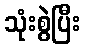
သုံးစွဲပြီး